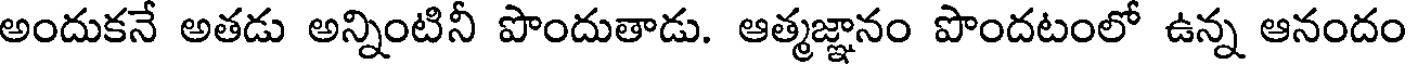
అందుకనే అతడు అన్నింటినీ పొందుతాడు. ఆత్మజ్ఞానం పొందటంలో ఉన్న ఆనందం